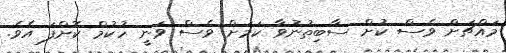
މައްޗަށް ވެސް ކުށް ސާބިތުނުވާ ކަމަށް ވެސް ވަނީ ހުކުމް ކޮށްފަ އެވެ.